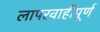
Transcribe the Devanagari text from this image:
लापरवाहीपूर्ण